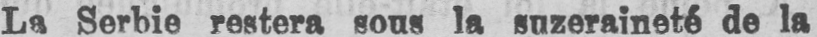
La Serbie restera sous la suzeraineté de la